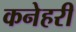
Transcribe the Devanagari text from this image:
कनेहरी